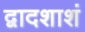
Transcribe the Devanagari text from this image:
द्वादशाशं